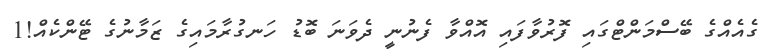
ގެއެއްގެ ބޭސްމަންޓްގައި ފޮރުވާފައި އޮއްވާ ފެނުނީ ދެވަނަ ބޮޑު ހަނގުރާމައިގެ ޒަމާނުގެ ޓޭންކެއް!1